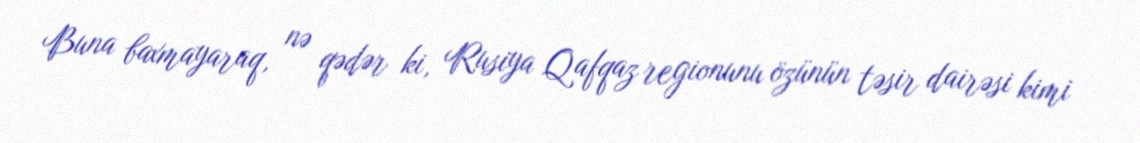
Buna baxmayaraq, nə qədər ki, Rusiya Qafqaz regionunu özünün təsir dairəsi kimi